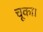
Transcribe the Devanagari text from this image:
चूका।